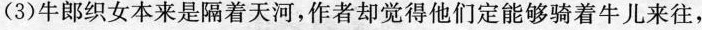
(3)牛郎织女本来是隔着天河，作者却觉得他们定能够骑着牛儿来往，